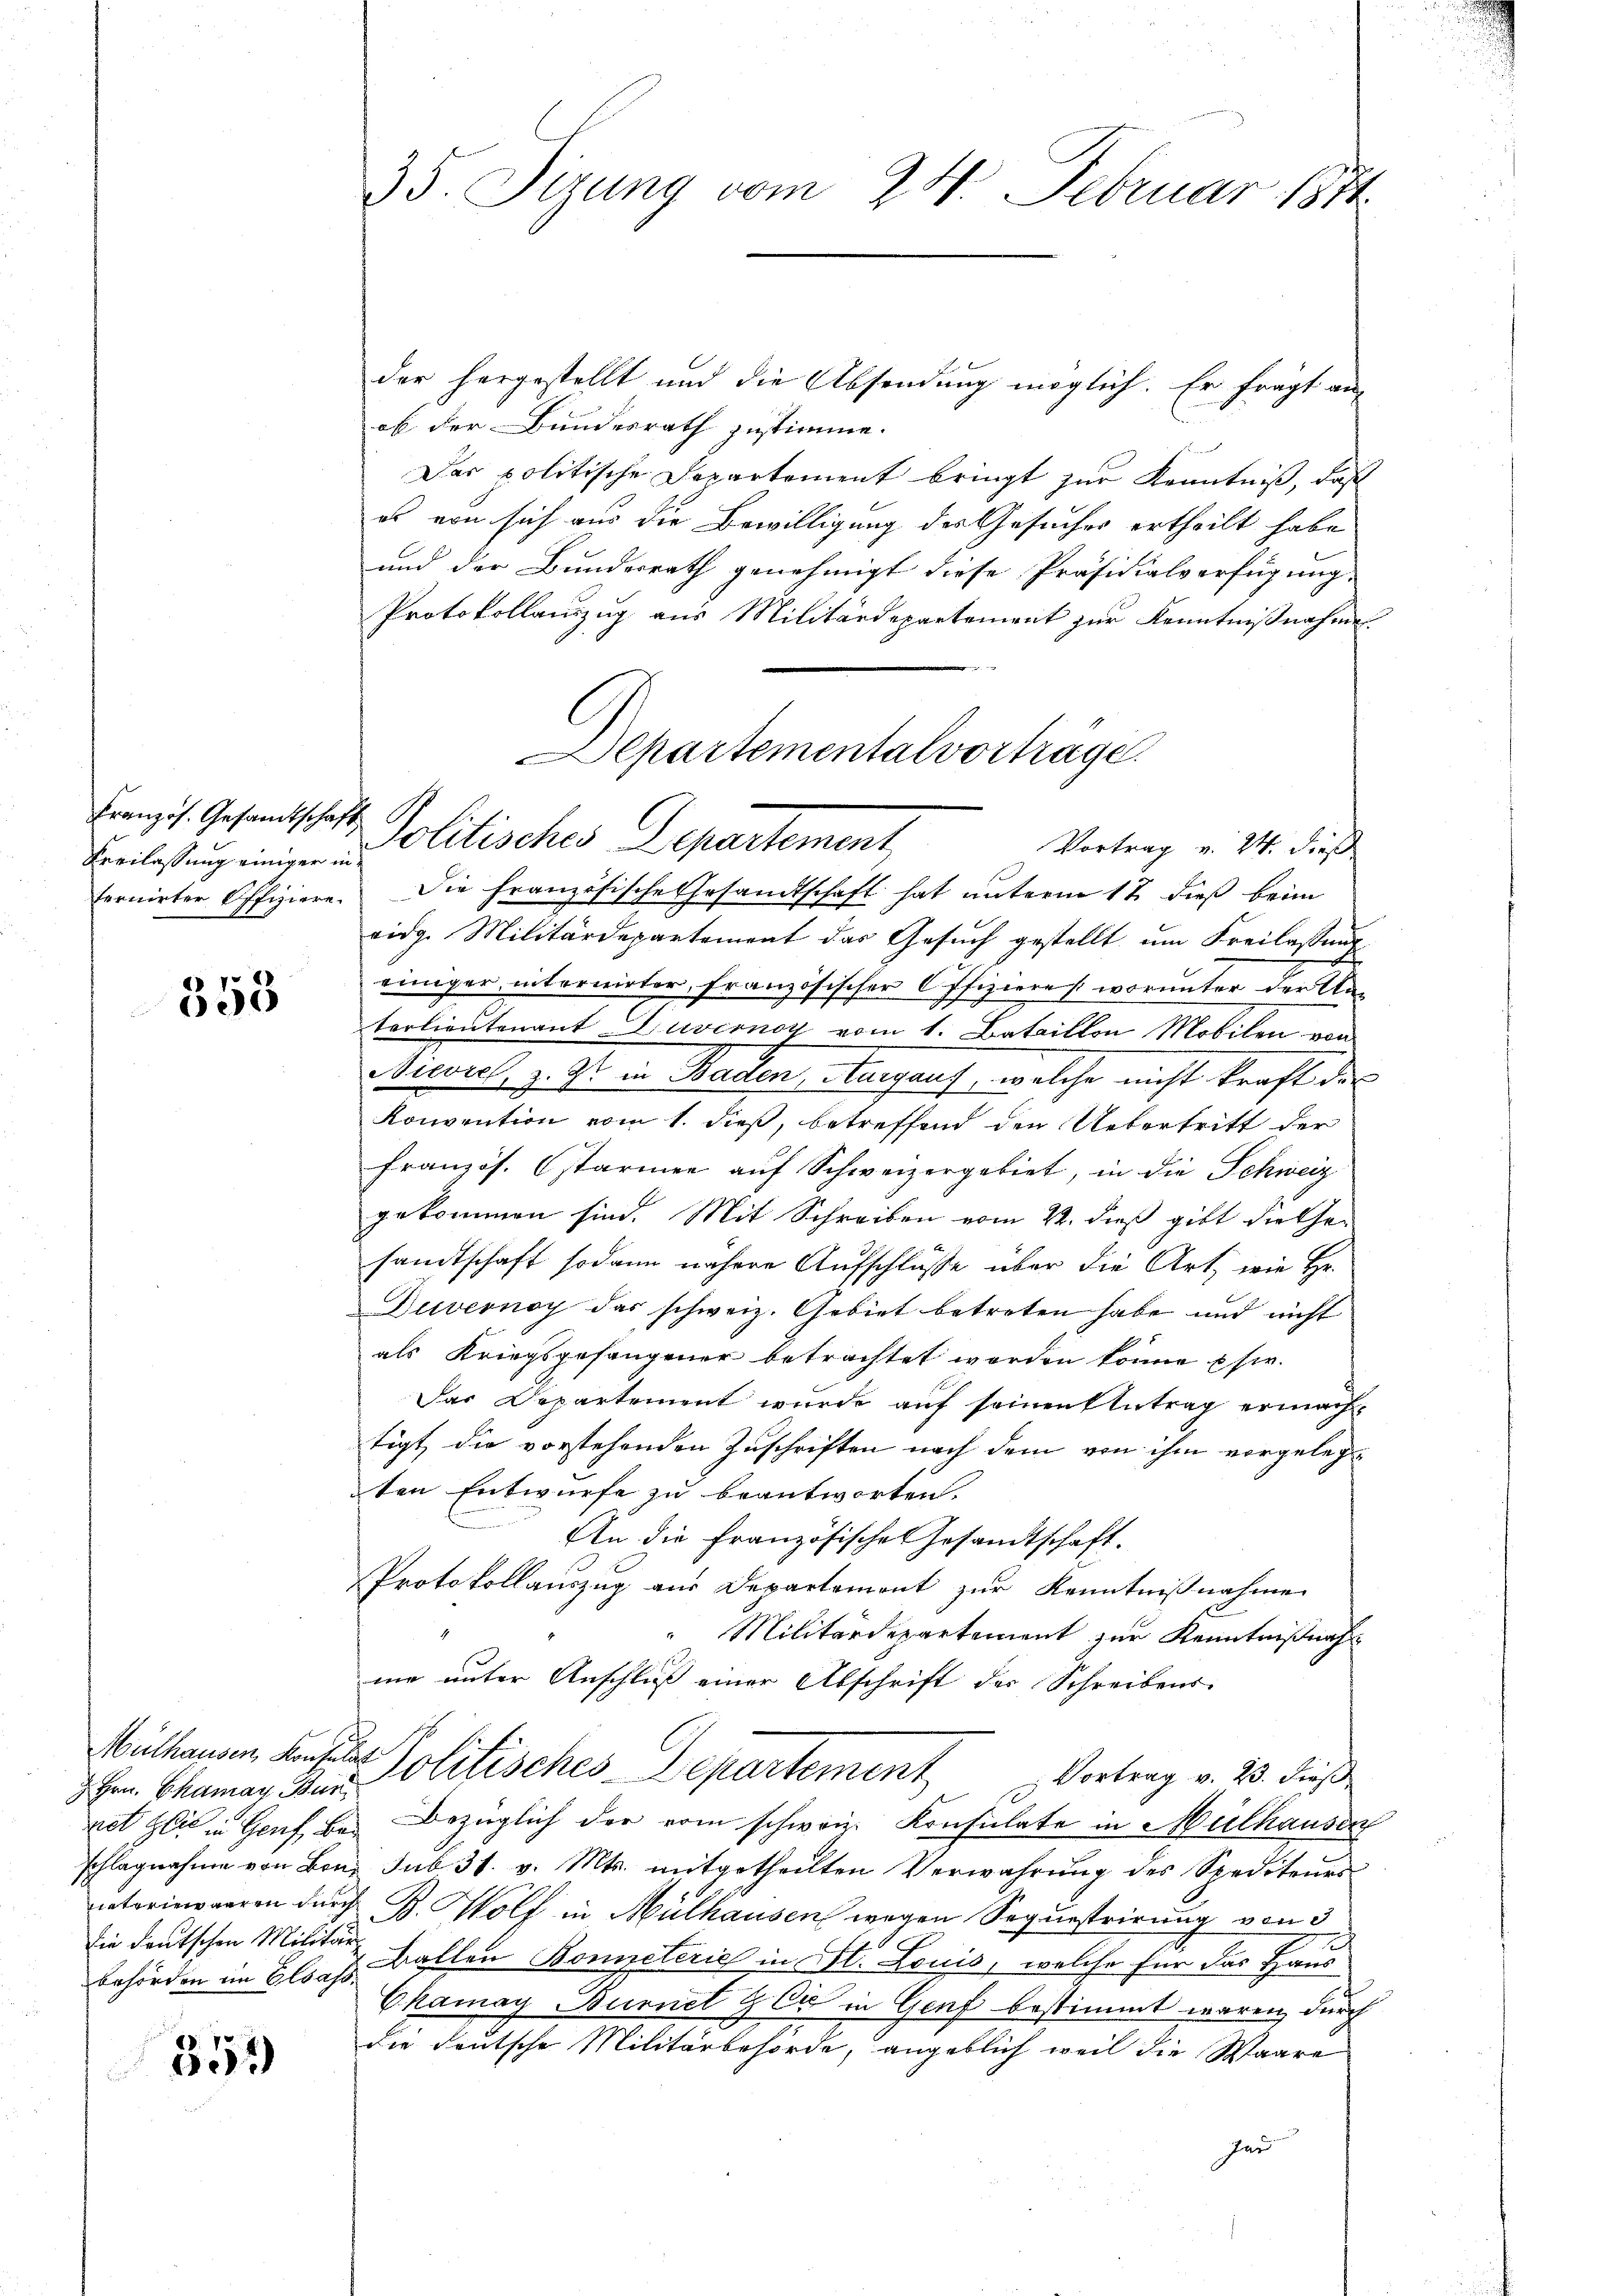
Französ. Gesamtschaft
Kreilassung einiger in

358

Hrn. Chamay Bundie deutschen Militär

352)

35. Seung vom 24. Februar 1871

der hergestellt und die Absendung möglich. Er fragt an-
ob der Bundesrath zustimme.
Das politische Departement bringt zur Kenntniß, daß
es von sich aus die Bewilligung des Gesuches ertheilt habe
und der Bundesrath genehmigt diese Präsidialverfügung
Protokollauszug aus Militärdepartement zur Kenntnißnahme
fornirter Offiziere. Die Französische Gesandtschaft hat unterm 17. dieβ beim
vidg. Militärdepartement das Gesuch gestellt um Freilassung
einiger, internirter, französischer Offiziere (worunter der Unterlieutenant avernoy vom 1. Bataillon Mobilen von
Niwiel, z. Gs in Baden Aargauf, welche nicht kraft des
Konvention vom 1. dieß, betreffend den Uebertritt der
französ. starmen auf Schweizergebiet, in die Schweiz
gekommen sind. Mit Schreiben vom 22. dieß gibt die Gesandtschaft sodann nähere Aufschlüsse über die Art, wie Hr.
Duvesnoy das schweiz. Gebiet betreten habe und nicht
als Kriegsgefangener betrachtet worden könne usw.
Das Departement wurde auf seinen Antrag ermachtigt, die vorstehenden Zuschriften nach dem von ihm vorgelegten Entwurfe zu beantworten.
An die Französische Gesandtschaft.
Protokollauszug aus Departement zur Kenntnißnahme
"Militärdepartement zur Kenntnißnah
me unter Anschluß einer Abschrift der Schreibens-
Michauen des Politisches Departement
Vortrag v. 23. dieß
net zeit in Genf bei Bezüglich der vom schweiz. Konsulate in Mülhausen
schlagnahme von Bon sub 31. v. Mts. mitgetheilten Verwahrŭng des Spediteurs
iateriewaaren durch B. Wolf in Mülhausen wegen Sequestrirung von 3
behörden im Elsaß allen Boneterie in St. Louis, welche für das Haus
Ckamay Burnel zu in Genf bestimmt waren, durch
die deutsche Militärbehörde, angeblich weil die Waare
Har

Aepartementalvorträge.
Politisches Departement,
Vortrag v. 24. dieß